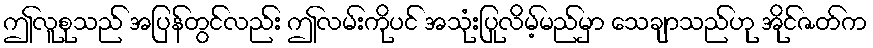
ဤလူစုသည် အပြန်တွင်လည်း ဤလမ်းကိုပင် အသုံးပြုလိမ့်မည်မှာ သေချာသည်ဟု အိုင်ဇတ်က